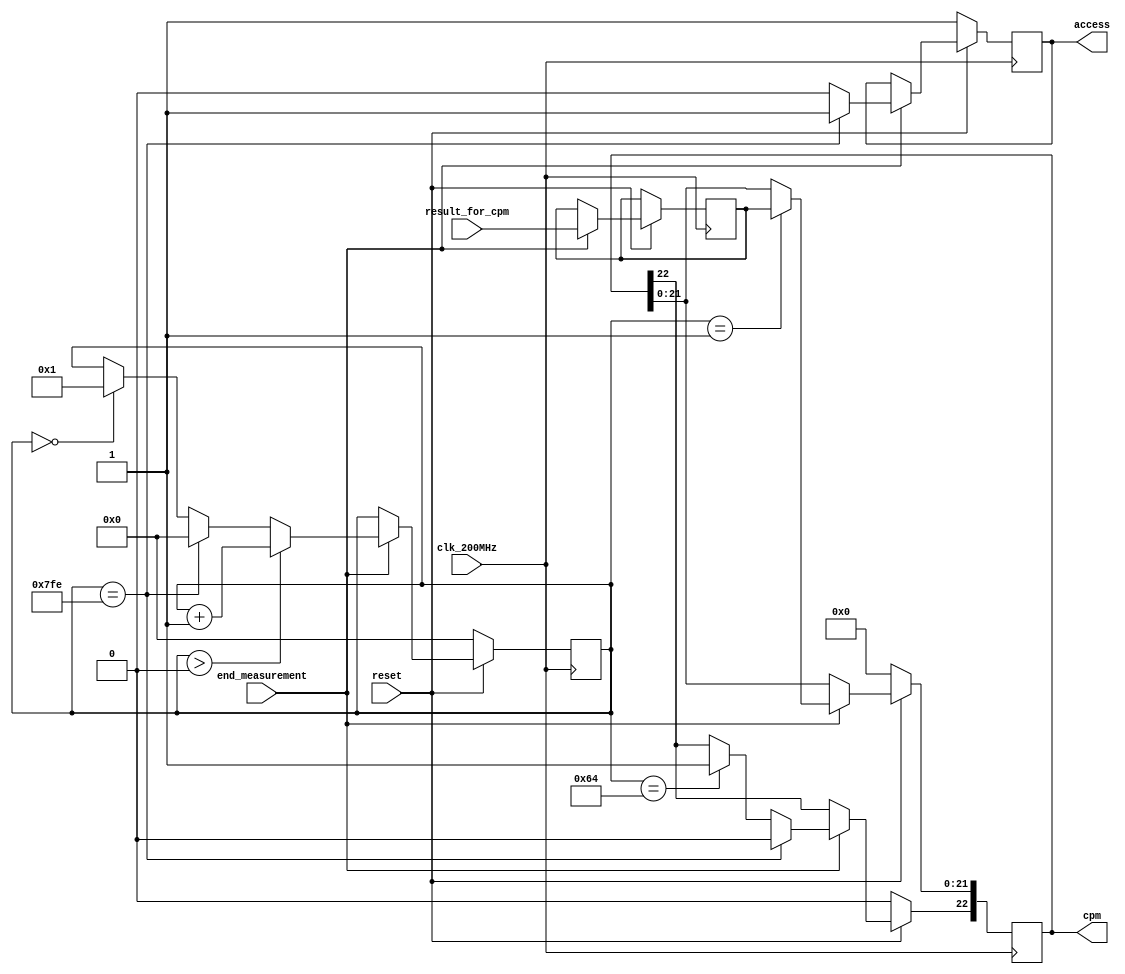

module CPM_output											
( 	input 		clk_200MHz,
	input 		reset,
	input			end_measurement,				
	input	[21:0] 	result_for_cpm,				// input data
	output reg [22:0] 	cpm,								// binary decimal code out
	output reg  		access);							// start next measure 

	reg [21:0]		cpm_var;							
	reg [10:0] 	counter_10mc;  			


always @(posedge clk_200MHz)
	begin
		if (reset==0)
			begin
			cpm  <= 0;
			counter_10mc <= 0;
			access <= 1;
			end
		else
			begin
				if (end_measurement) 
					begin
					cpm_var  <= result_for_cpm;			
					access <= 0;
					if (counter_10mc == 0) counter_10mc <= 1;								
					if(counter_10mc == 1)  cpm [21:0] <= cpm_var;							 			
					if (counter_10mc == 100) cpm [22] <= 1; 	
					if (counter_10mc == 11'b11111111110)
						begin
						cpm [22] <= 0;			
						counter_10mc <= 0;			
						access <= 1;
						end
					if (counter_10mc > 0) counter_10mc <= counter_10mc + 11'b00000000001; 
					end
			end
	end		

endmodule